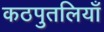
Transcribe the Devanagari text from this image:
कठपुतलियाँ